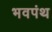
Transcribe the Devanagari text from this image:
भवपंथ